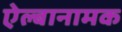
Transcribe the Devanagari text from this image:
ऐल्बानामक